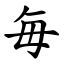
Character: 毎